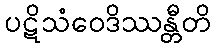
ပဋိသံဝေဒိဿန္တီတိ